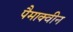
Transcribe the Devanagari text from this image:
पैमाक्वीन